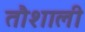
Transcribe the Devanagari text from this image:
तौशाली